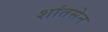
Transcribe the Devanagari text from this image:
शांतसेन